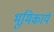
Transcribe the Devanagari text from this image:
भूमिकार्य